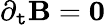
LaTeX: \partial_{\mathtt{t}}\mathbf{{B}}=\mathbf{{0}}